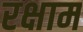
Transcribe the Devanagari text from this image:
रक्षाम